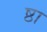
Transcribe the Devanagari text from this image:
ष्ठा